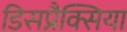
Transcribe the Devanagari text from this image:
डिसप्रैक्सिया